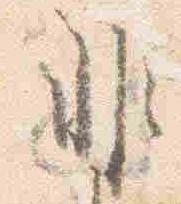
非